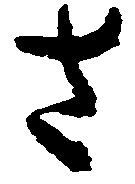
さ